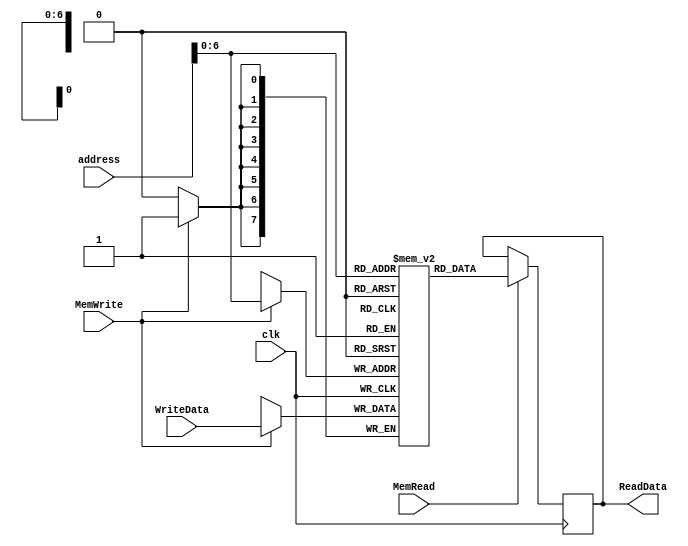
`timescale 1ns / 1ps
module DataMemory (clk, address, MemWrite, MemRead, WriteData, ReadData);

	input clk;
	input [7:0] address;
	input MemWrite, MemRead;
	input [7:0] WriteData; 
	
	output reg [7:0] ReadData;

	reg [7:0] memory[0:127];

	initial begin
		memory [0] = 5;
		memory [1] = 6;
		memory [2] = 7;
		memory [8] = 20;
		memory [12] = 10;
	end
	
	always @ (posedge clk) begin
		if (MemWrite == 1)
			memory[address] = WriteData;
	end
	
	always @(negedge clk) begin
		if (MemRead == 1)
			ReadData <= memory[address];
	end	
endmodule